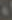
+